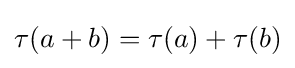
\tau (a+b)=\tau (a)+\tau (b)